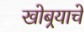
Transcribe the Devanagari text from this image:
खोबर्‍याचे